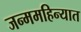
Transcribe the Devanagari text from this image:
जन्ममहिन्यात